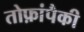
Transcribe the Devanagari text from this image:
तोफ़ांपैकी